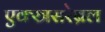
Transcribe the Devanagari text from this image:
एक्स्त्रसरेब्रल